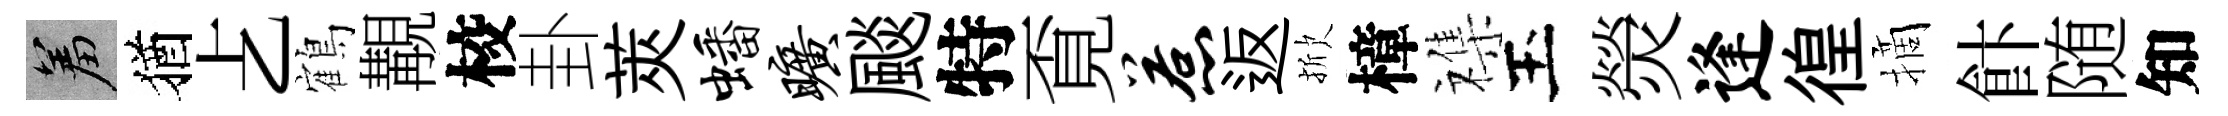
羞猶𠧒鶴覯校卦莢蟠旷颷特覔惹返掀樟襍玉熒逢徨摘飰随知